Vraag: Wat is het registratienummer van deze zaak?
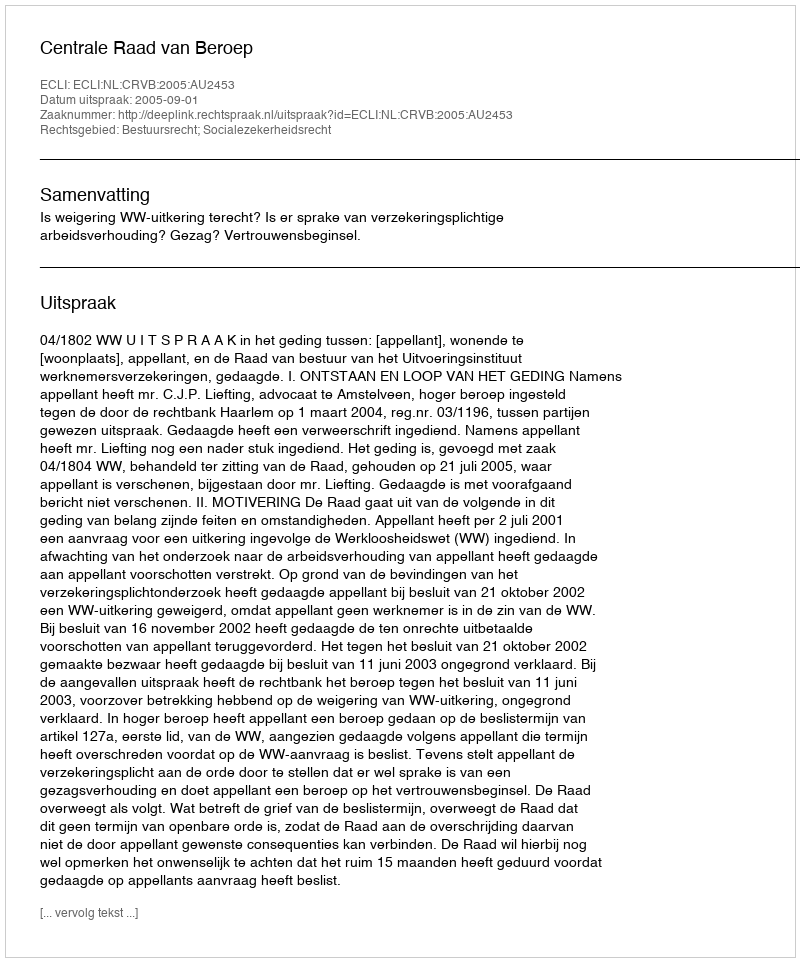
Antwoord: http://deeplink.rechtspraak.nl/uitspraak?id=ECLI:NL:CRVB:2005:AU2453